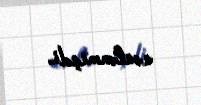
səslənmişdi.